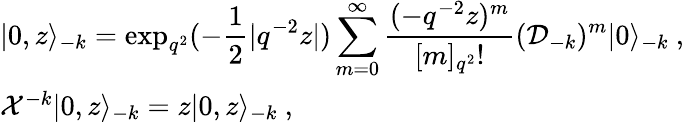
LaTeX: \begin{array}{l}{{\vert 0,z\rangle_{-k}=\displaystyle\exp_{q^{2}}(-\frac{1}{2}|q^{-2}z|)\sum_{m=0}^{\infty}\frac{(-q^{-2}z)^{m}}{[m]_{q^{2}}!}({\cal D}_{-k})^{m}\vert 0\rangle_{-k}~,}}\\ {{{\cal X}^{-k}\vert 0,z\rangle_{-k}=z\vert 0,z\rangle_{-k}~,}}\end{array}